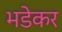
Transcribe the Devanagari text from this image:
भडेकर